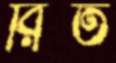
রিত